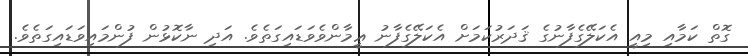
ގޮތް ކަމާއި މިއީ އެކަލޭގެފާނުގެ ޤަދަރުކަމަށް އެކަލޭގެފާނު ޢީމާންވެވަޑައިގަތެވެ. އަދި ނާކޮޅުން ފުންމައިވަޑައިގަތެވެ.